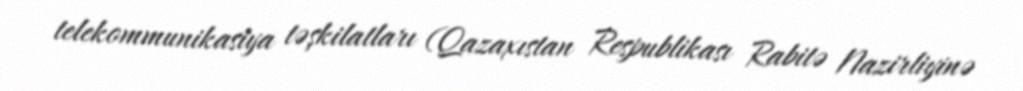
telekommunikasiya təşkilatları (Qazaxıstan Respublikası Rabitə Nazirliyinə